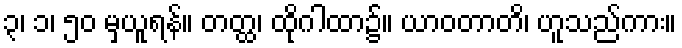
၃၊ ၁၊ ၅၀ မှယူရန်။ တတ္ထ၊ ထိုဂါထာ၌။ ယာဝတာတိ၊ ဟူသည်ကား။